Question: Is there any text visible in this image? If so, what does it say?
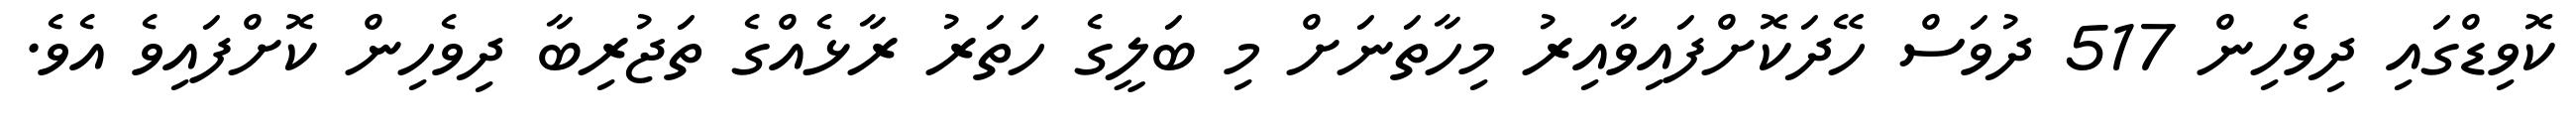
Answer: ކޮވިޑްގައި ދިވެހިން 517 ދުވަސް ހޭދަކޮށްފައިވާއިރު މިހާތަނަށް މި ބަލީގެ ހަތަރު ރާޅެއްގެ ތަޖުރިބާ ދިވެހިން ކޮށްފައިވެ އެވެ.